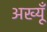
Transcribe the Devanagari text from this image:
अख्यूँ